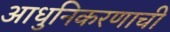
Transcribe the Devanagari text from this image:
आधुनिकरणाची